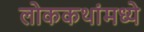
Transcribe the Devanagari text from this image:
लोककथांमध्ये